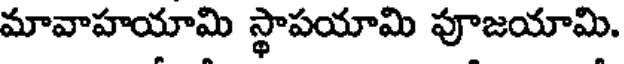
మావాహయామి స్థాపయామి పూజయామి.